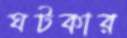
ঘটকার